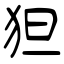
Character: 狚